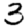
Digit: 3